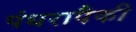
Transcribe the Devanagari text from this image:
पंधरापैकी